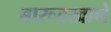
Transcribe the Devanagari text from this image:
बारूदखाने